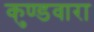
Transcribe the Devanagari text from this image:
कुण्डवारा